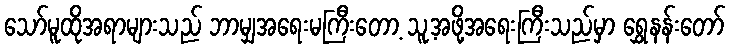
သော်မူထိုအရာများသည် ဘာမျှအရေးမကြီးတော့ သူ့အဖို့အရေးကြီးသည်မှာ ရွှေနန်းတော်